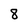
Character: 8